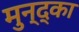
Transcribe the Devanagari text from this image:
मुन्द्का